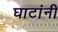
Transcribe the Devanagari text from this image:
घाटांनी